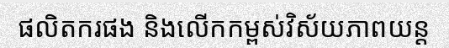
ផលិតករផង និងលើកកម្ពស់វិស័យភាពយន្ត